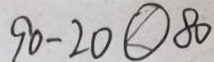
9 0 - 2 0 \textcircled { < } 8 0